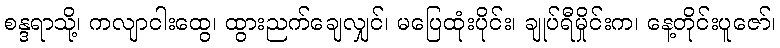
စန္ဒရာသို့၊ ကလျာငါးထွေ၊ ထွားညက်ချေလျှင်၊ မပြေထုံးပိုင်း၊ ချုပ်ရီမှိုင်းက၊ နေ့တိုင်းပူဇော်၊